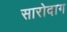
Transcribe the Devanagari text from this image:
सारोदाग